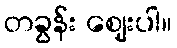
တခွန်း ဈေးပါ။